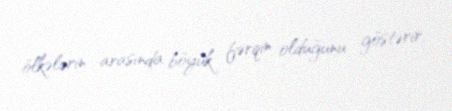
ölkələrin arasında böyük fərqin olduğunu göstərir.